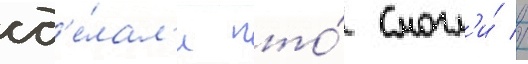
сд'е́лал'и что́ смогл'и́ //